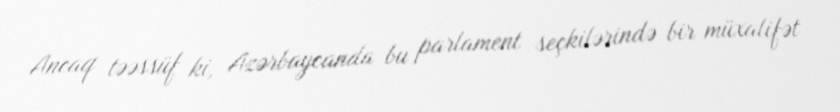
Ancaq təəssüf ki, Azərbaycanda bu parlament seçkilərində bir müxalifət